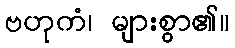
ဗဟုကံ၊ များစွာ၏။